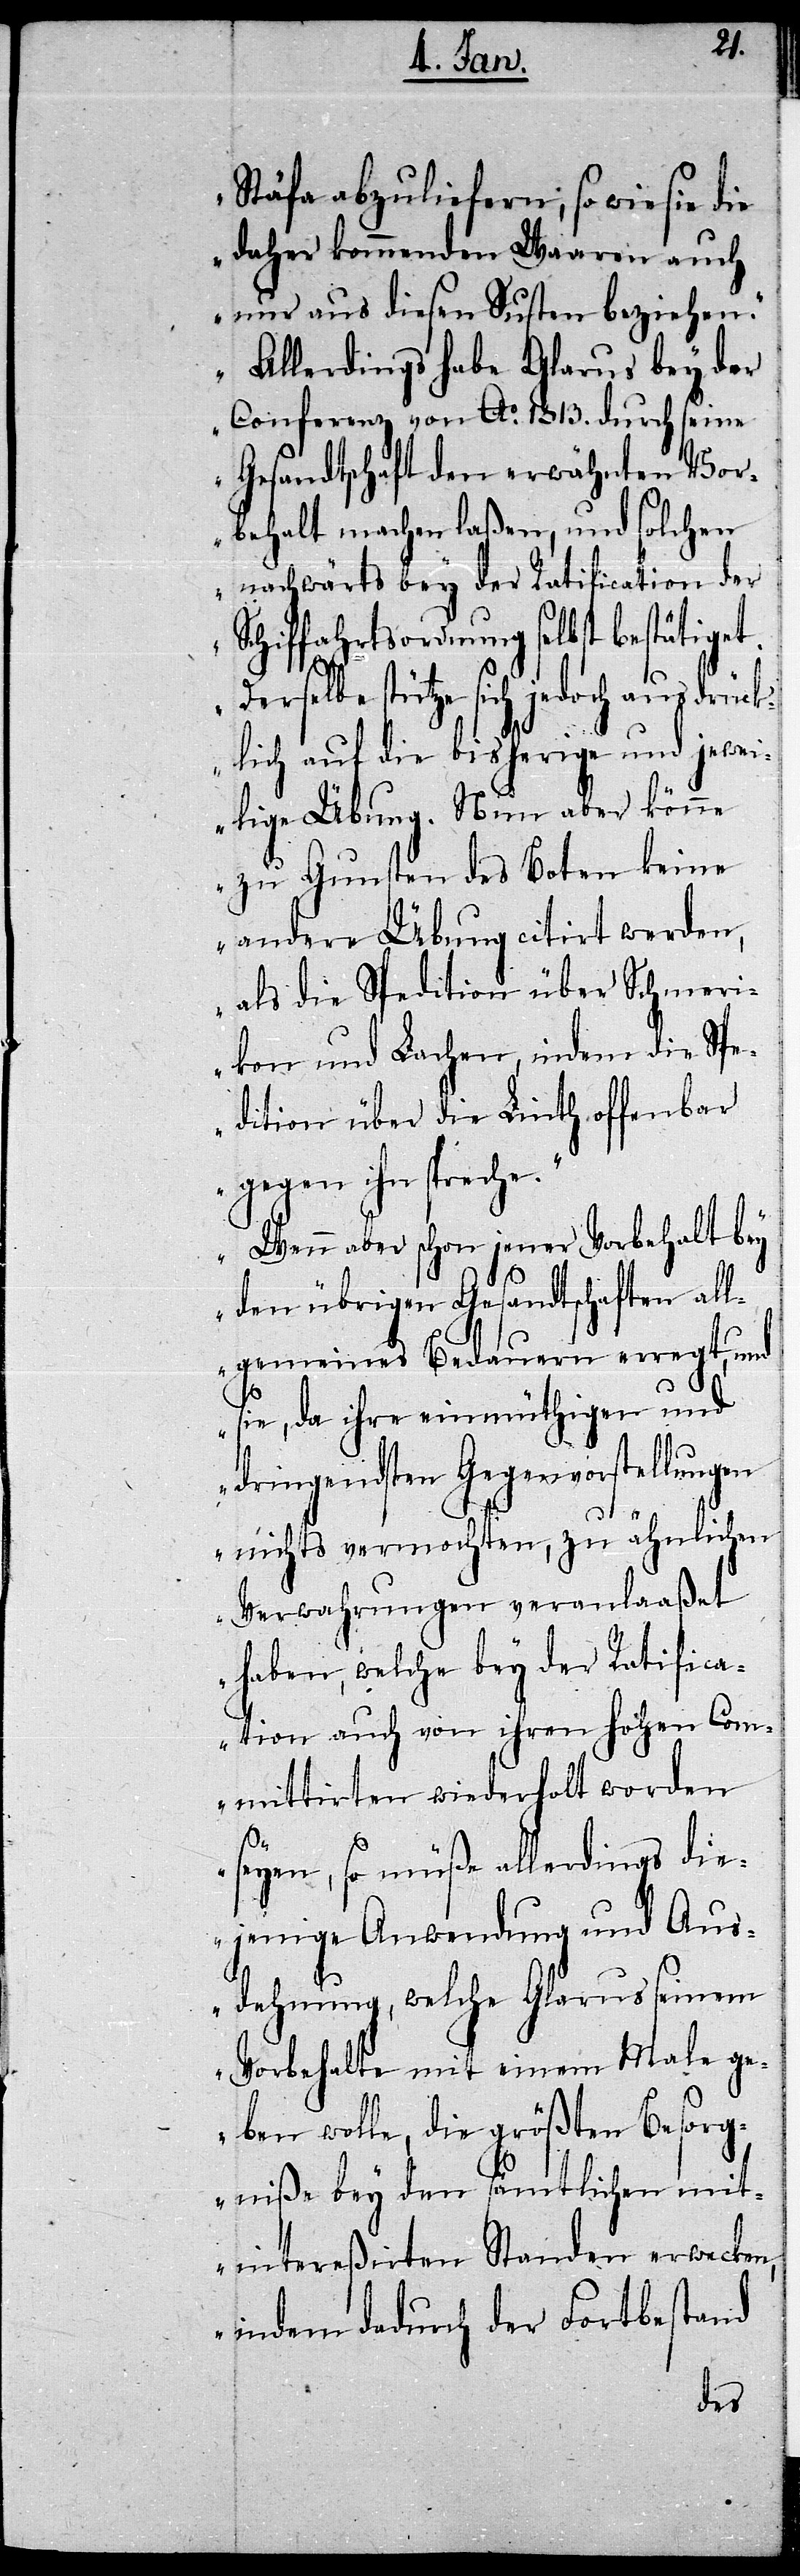
Stäfa abzuliefern, so wie sie die
daher kommenden Waaren auch
nur aus diesen Susten beziehen.“
„Allerdings habe Glarus bey der
Conferenz von Ao. 1813. durch seine
Gesandtschaft den erwähnten Vor¬
behalt machen laßen, und solchen
nachwärts bey der Ratification der
Schiffahrtsordnung selbst bestätiget.
Derselbe stütze sich jedoch ausdrück¬
lich auf die bisherige und jewei¬
lige Übung. Nun aber könne
zu Gunsten des Boten keine
andere Übung citirt werden,
als die Spedition über Schmeri¬
kon und Lachen, indem die Spe¬
dition über die Linth offenbar
gegen ihn spreche.“
„Wenn aber schon jener Vorbehalt bey
den übrigen Gesandtschaften all¬
gemeines Bedauern erregt, und
sie, da ihre einmüthigen und
dringendsten Gegenvorstellungen
nichts vermochten, zu ähnlichen
Verwahrungen veranlaaßet
haben, welche bey der Ratifica¬
tion auch von ihren hohen Com¬
mittirten wiederholt worden
seyen, so müße allerdings die¬
jenige Anwendung und Aus¬
dehnung, welche Glarus seinem
Vorbehalte mit einem Male ge¬
ben wolle, die größten Besorg¬
niße bey den sämtlichen mit¬
intereßirten Standen erwecken,
indem dadurch der Fortbestand